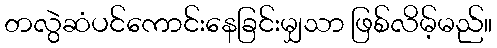
တလွဲဆံပင်ကောင်းနေခြင်းမျှသာ ဖြစ်လိမ့်မည်။